Report of the Indian Hemp Drugs Commission, 1894-1895 - Volume III
Year: 1894
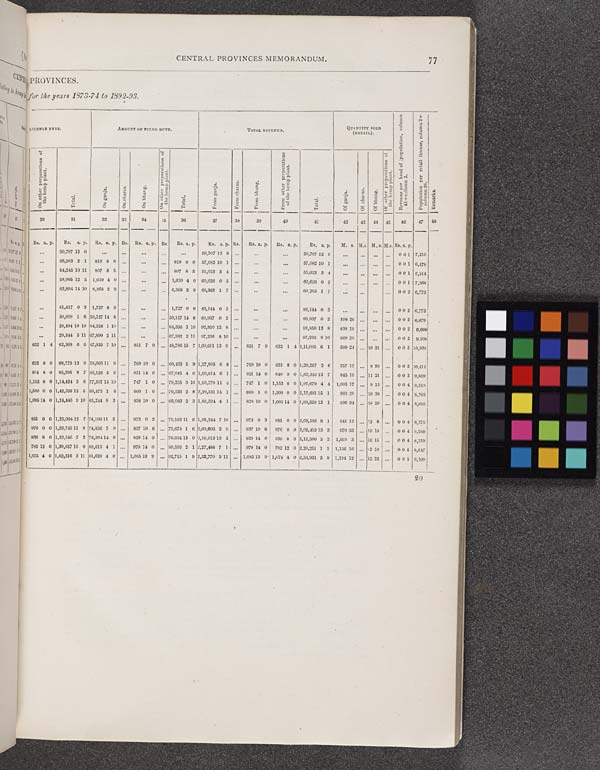
CENTRAL PROVINCES MEMORANDUM.
77
PROVINCES.
for the years 1873-74 to 1892-93.
LICENSE FEES.
AMOUNT OF FIXED DUTY.
TOTAL REVENUE.
QUANTITY SOLD
(RETAIL).
Rev enue per head of population, column
41÷ column 2.
P
opulation per retail licens
column 26.
Remarks.
On other preparations of
the hemp plant.
Total.
On ganja.
On charas.
On bhang.
On other preparations of
the hemp plant.
Total.
From ganja.
From charas.
From bhang.
From other preparations
of the hemp plant.
Total.
Of ganja.
Of charas.
Of bhang.
Of other preparations of
the hemp plant.
Rev enue per head of population, column
41÷ column 2.
P
opulation per retail licens
column 26.
Remarks.
30
31
32
33
34
35
36
37
38
39
40
41
42
43 44 45
46
47
48
Rs. a. p.
Rs. a. p. Rs. a. p. Rs. Rs. a. p. Rs. Rs. a. p.
Rs. a. p. Rs.
Rs. a. p.
Rs. a. p.
Rs. a. p.
M. s. M.s. M. s. M.s. Rs. a. p.
50,707 12 0
50,707 12 0
50,707 12 0
0 0 1 7,210
56,263 2 1 819 8 0
819 8 0 57,082 10 1
57,082 10 1
0 0 1 6,478
54,245 10 11 807 8 5
807 8 5 55,053 3 4
55,053 3 4
0 0 1 6,514
58,995 12 5 1,630 4 0
1,630 4 0 60,626 0 5
60,626 0 5
0 0 1 7,268
62,894 14 10 6,368 2 9
6,368 2 9 69,263 1 7
69,263 1 7
0 0 2 6,773
81,417 0 3 1,727 0 0
1,727 0 0 83,144 0 3
83,144 0 3
0 0 2 6,773
30,809 1 6 59,127 14 8
59,127 14 8 89,937 0 2
89,937 0 2
598 26
0 0 2 6,679
28,494 10 10 64,356 1 10
64,356 1 10 92,850 12 8
92,850 12 8
838 19
0 0 2 6,666
29,344 5 11 67,890 2 11
67,892 2 11 97,236 8 10
97,236 8 10
869 28
0 0 2 9,106
632 1 4 62,308 6 6 47,935 7 10
851 7 9
48,786 15 7 1,09,611 13 0
851 7 9
632 1 4 1,11,095 6 1
599 24
10 31
0 0 2 10,928
632 8 0 68,773 12 9 59,663 11 9
769 10 0
60,433 5 9 1,27,805 0 6
769 10 0
632 8 0 1,29,207 2 6
757 12
9 29
0 0 2 10,411
804 8 0 95,295 8 7 66,123 5 6
921 14 6
67,045 4 0 1,60,614 6 1
921 14 6
840 8 0 1,62,340 12 7
845 19
11 21
0 0 3 9,669
1,152 8 0 1,14,424 3 6 77,507 15 10
747 1 0
78,255 0 10 1,90,779 11 4
747 1 0 1,152 8 0 1,92,679 4 4 1,005 17
9 13
0 0 4 9,318
1,500 0 0 1,42,358 12 5 69,473 1 8
860 1 0
70,333 2 8 2,10, 331 14 1
860 1 0 1,500 0 0 2,12,691 15 1
863 28
10 30
0 0 4 8,703
1,095 14 0 1,24,445 9 10 65,244 8 3
838 10 0
66,083 2 3 1,88,594 4 1
838 10 0 1,095 14 0 1,90,528 12 1
830 34
10 20
0 0 4 8,695
951 0 0 1,25,004 12 7 74,190 11 3
973 0 3
75,163 11 6 1,98,244 7 10
973 0 3
951 0 0 2,00,168 8 1
941 12
12 6
0 0 4 8,275
976 0 0 1,26,745 11 9 74,836 7 0
837 10 6
75,674 1 6 2,00,606 2 9
837 10 6
976 0 0 2,02,419 13 3
970 33
10 18
0 0 4 8,289
836 8 0 1,33,545 7 2 78,204 14 0
829 14 0
79,034 12 0 2,10,913 13 2
829 14 0
836 8 0 2,12,580 3 2 1,019 3
10 15
0 0 4 8,319
782 12 0 1,39,657 15 0 88,613 4 1
979 14 0
89,593 2 1 2,27,488 7 1
979 14 0
782 12 0 2,29,251 1 1 1,156 16
12 10
0 0 5 8,647
1,075 4 0 1,62,216 3 11 91,629 4 0
1,085 13 9
92,715 1 9 2,52,770 3 11
1,085 13 9 1,075 4 0 2,54,931 5 8 1,194 12
13 23
0 0 5 9,109
20